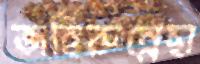
জহিরুন্নেছা